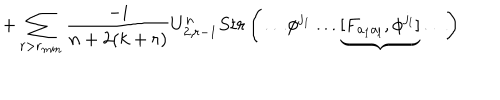
+ \sum _ { r > r _ { m i n } } \frac { - i } { n + 2 ( k + r ) } U _ { 2 , r - 1 } ^ { n } S t r \left( \ldots \phi ^ { j _ { 1 } } \ldots \underbrace { [ F _ { a _ { 1 } a _ { l } } , \phi ^ { j _ { l } } ] } \ldots \right)